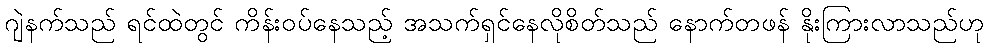
ဂျဲနက်သည် ရင်ထဲတွင် ကိန်းဝပ်နေသည့် အသက်ရှင်နေလိုစိတ်သည် နောက်တဖန် နိုးကြားလာသည်ဟု